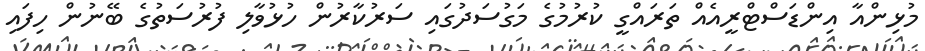
މުޅިންއާ އިންޑަސްޓްރީއެއް ތަރައްގީ ކުރުމުގެ މަގުސަދުގައި ސަރުކާރުން ހުޅުވާލި ފުރުސަތުގެ ބޭނުން ހިފައި